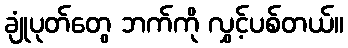
ချုံပုတ်တွေ ဘက်ကို လွှင့်ပစ်တယ်။